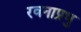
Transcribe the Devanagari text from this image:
रवनाप्रभु